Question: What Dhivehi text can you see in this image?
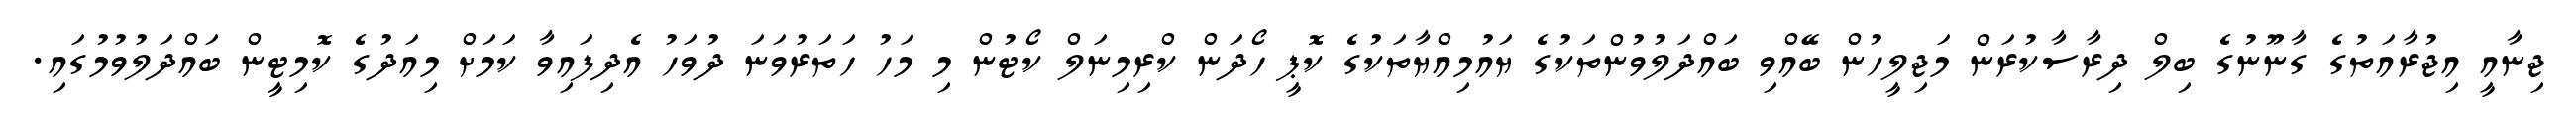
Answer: ޖިނާއީ އިޖުރާއަތުގެ ގާނޫނުގެ ބިލް ދިރާސާކުރަން މަޖިލީހުން ބޭއްވި ބައްދަލުވުންތަކުގެ ޔައުމިއްޔާތަކުގެ ކޮޕީ ހޯދަން ކްރިމިނަލް ކޯޓުން މި މަހު ހަތަރުވަނަ ދުވަހު އެދިފައިވާ ކަމަށް މިއަދުގެ ކޮމިޓީން ބައްދަލުވުމުގައި.